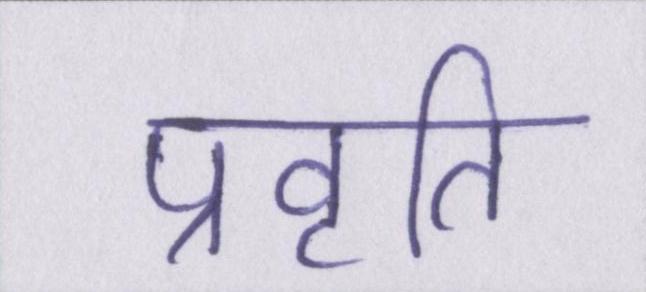
प्रवृति